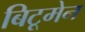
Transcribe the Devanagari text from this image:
बिटूमेन